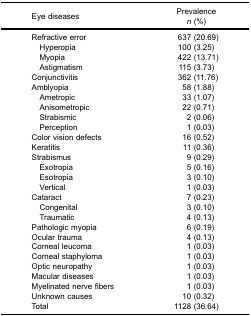
| Eye diseases | Prevalencen (%) |
 | --- | --- |
 | Refractive error | 637 (20.69) |
 | Hyperopia | 100 (3.25) |
 | Myopia | 422 (13.71) |
 | Astigmatism | 115 (3.73) |
 | Conjunctivitis | 362 (11.76) |
 | Amblyopia | 58 (1.88) |
 | Ametropic | 33 (1.07) |
 | Anisometropic | 22 (0.71) |
 | Strabismic | 2 (0.06) |
 | Perception | 1 (0.03) |
 | Color vision defects | 16 (0.52) |
 | Keratitis | 11 (0.36) |
 | Strabismus | 9 (0.29) |
 | Exotropia | 5 (0.16) |
 | Esotropia | 3 (0.10) |
 | Vertical | 1 (0.03) |
 | Cataract | 7 (0.23) |
 | Congenital | 3 (0.10) |
 | Traumatic | 4 (0.13) |
 | Pathologic myopia | 6 (0.19) |
 | Ocular trauma | 4 (0.13) |
 | Corneal leucoma | 1 (0.03) |
 | Corneal staphyloma | 1 (0.03) |
 | Optic neuropathy | 1 (0.03) |
 | Macular diseases | 1 (0.03) |
 | Myelinated nerve fibers | 1 (0.03) |
 | Unknown causes | 10 (0.32) |
 | Total | 1128 (36.64) |